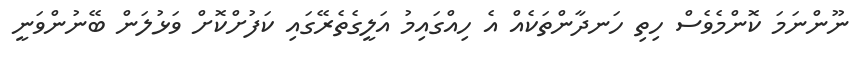
ނޫންނަމަ ކޮންމެވެސް ހިތި ހަނދާންތަކެއް އެ ހިއްގައިމު އަލީގެތެރޭގައި ކަފުށްކޮށް ވަޅުލަން ބޭނުންވަނީ